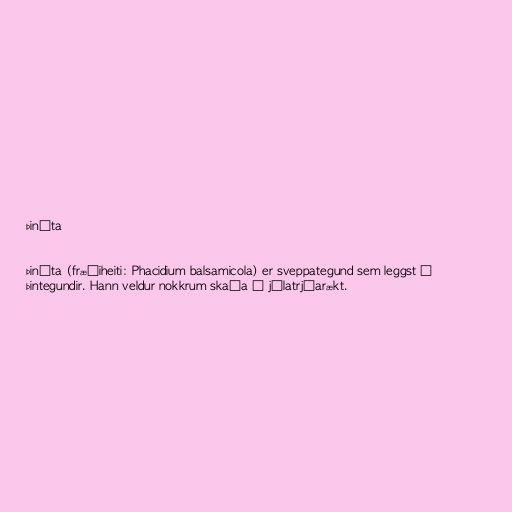
Þináta

Þináta (fræðiheiti: Phacidium balsamicola) er sveppategund sem leggst á
þintegundir. Hann veldur nokkrum skaða í jólatrjáarækt.